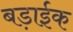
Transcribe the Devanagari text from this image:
बड़ाईक